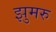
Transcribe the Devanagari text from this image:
झुमरु